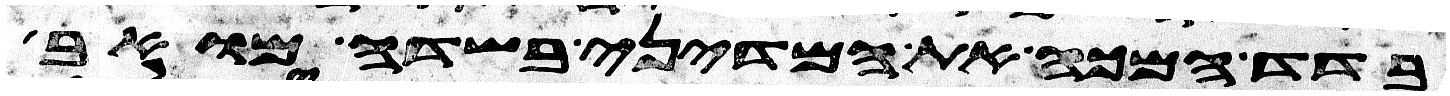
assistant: בדד המכה את המדיני בשדה מואב